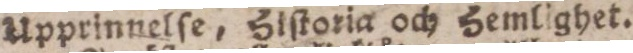
Upprinnelſe, Hiſtoria och Hemlighet.